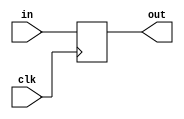
module Register(clk,in,out);
	input clk;
	input[31:0] in;
	output reg[31:0] out=32'b0;
	always@(posedge clk)
		out=in;
endmodule